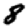
Digit: 8